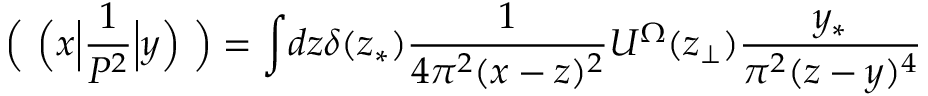
{ \mathrm { \bf \Big ( ~ \! \! ~ \Big ( } } x \Big | \frac { 1 } { { \cal P } ^ { 2 } } \Big | y { \mathrm { \bf \Big ) ~ \! \! ~ \Big ) } } = \int \! d z \delta ( z _ { \ast } ) \frac { 1 } { 4 \pi ^ { 2 } ( x - z ) ^ { 2 } } U ^ { \Omega } ( z _ { \perp } ) \frac { y _ { \ast } } { \pi ^ { 2 } ( z - y ) ^ { 4 } }